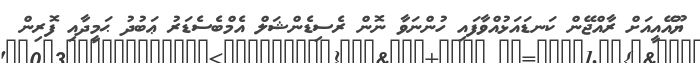
ޔޫއޭއީއަށް ރާއްޖޭން ކަނޑައަޅުއްވާފައި ހުންނަވާ ނޮން ރެސިޑެންޝަލް އެމްބެސެޑަރު ޢަބުދު ޙަމީދާއި ފޮރިން